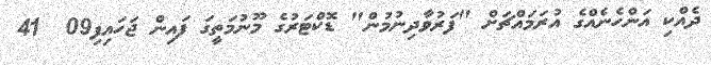
ދެއްކި އަންހެނެއްގެ އުރަމައްޗަށް "ފަރުވާދިނުމުން" ޑޮކްޓަރުގެ މޫނުމަތީގަ ފައިން ޖަހައިފި09  41